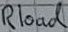
Text: Rload